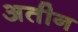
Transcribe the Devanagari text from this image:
अतीन